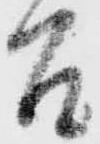
召